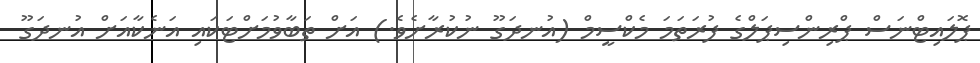
ޕޮލައިޓްނަސް ޕްރިންސިޕަލްގެ ފުރަތަމަ މެކްސީމް (އުނދަގޫ ނުކުރާށެވެ.) އަށް ތަބާވުމަށްޓަކައި އަނެކާއަށް އުނދަގޫ